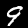
Label: 9